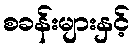
စခန်းများနှင့်